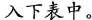
入下表中。